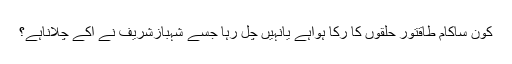
کون ساکام طاقتور حلقوں کا رُکا ہواہے یانہیں چل رہا جسے شہبازشریف نے آکے چلاناہے؟